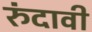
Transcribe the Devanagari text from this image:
रुंदावी